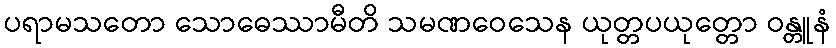
ပရာမသတော သောဓေဿာမီတိ သမဏဝေသေန ယုတ္တပယုတ္တော ဝန္တူနံ